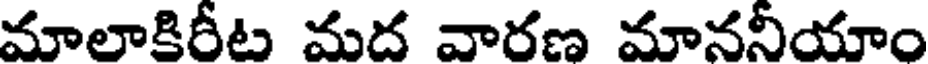
మాలాకిరీట మద వారణ మాననీయాం